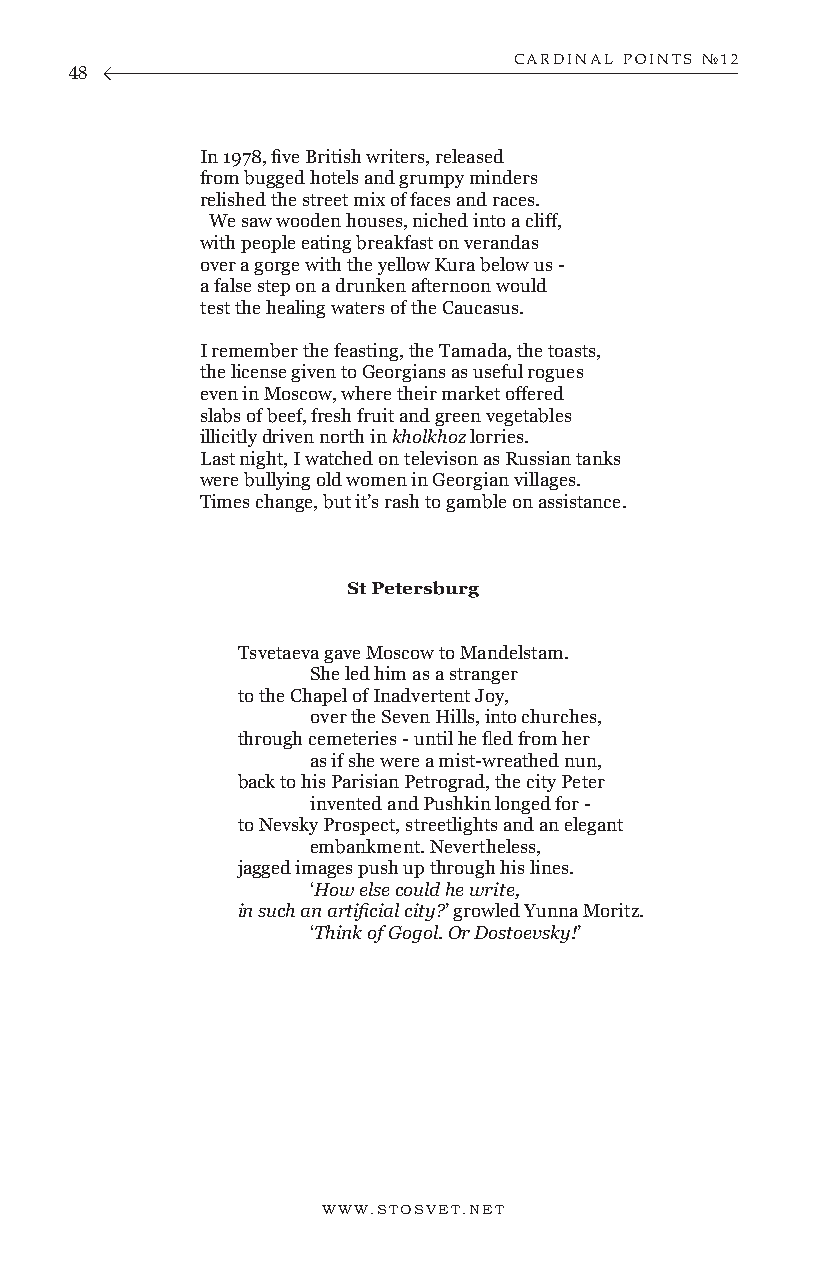
CARDINAL POINTS №12
 48
 In 1978, five British writers, released
 from bugged hotels and grumpy minders
 relished the street mix of faces and races.
 We saw wooden houses, niched into a cliff,
 with people eating breakfast on verandas
 over a gorge with the yellow Kura below us -
 a false step on a drunken afternoon would
 test the healing waters of the Caucasus.
 I remember the feasting, the Tamada, the toasts,
 the license given to Georgians as useful rogues
 even in Moscow, where their market offered
 slabs of beef, fresh fruit and green vegetables
 illicitly driven north in kholkhoz lorries.
 Last night, I watched on televison as Russian tanks
 were bullying old women in Georgian villages.
 Times change, but it’s rash to gamble on assistance.
 St Petersburg
 Tsvetaeva gave Moscow to Mandelstam.
 She led him as a stranger
 to the Chapel of Inadvertent Joy,
 over the Seven Hills, into churches,
 through cemeteries - until he fled from her
 as if she were a mist-wreathed nun,
 back to his Parisian Petrograd, the city Peter
 invented and Pushkin longed for -
 to Nevsky Prospect, streetlights and an elegant
 embankment. Nevertheless,
 jagged images push up through his lines.
 ‘How else could he write,
 in such an artificial city?’ growled Yunna Moritz.
 ‘Think of Gogol. Or Dostoevsky!’
 WWW.STOSVET.NET                                        WWW.STOSVET.NET